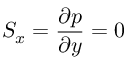
S _ { x } = \frac { \partial p } { \partial y } = 0